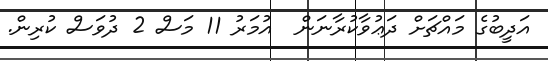
އަދީބުގެ މައްޗަށް ދަޢުވާކުރާނަން  އުމަރު 11 މަސް 2 ދުވަސް ކުރިން.